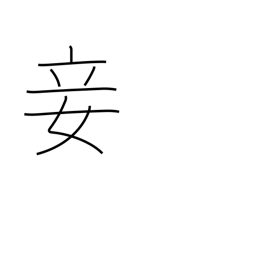
Meaning: concubine